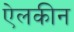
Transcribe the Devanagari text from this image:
ऐलकीन